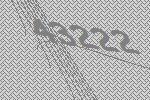
43222